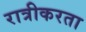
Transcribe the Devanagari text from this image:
रात्रीकरता